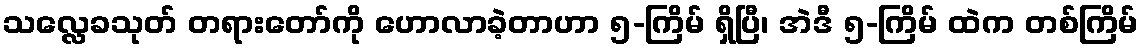
သလ္လေခသုတ် တရားတော်ကို ဟောလာခဲ့တာဟာ ၅-ကြိမ် ရှိပြီ၊ အဲဒီ ၅-ကြိမ် ထဲက တစ်ကြိမ်